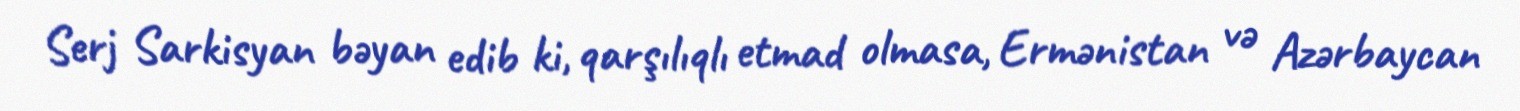
Serj Sarkisyan bəyan edib ki, qarşılıqlı etmad olmasa, Ermənistan və Azərbaycan